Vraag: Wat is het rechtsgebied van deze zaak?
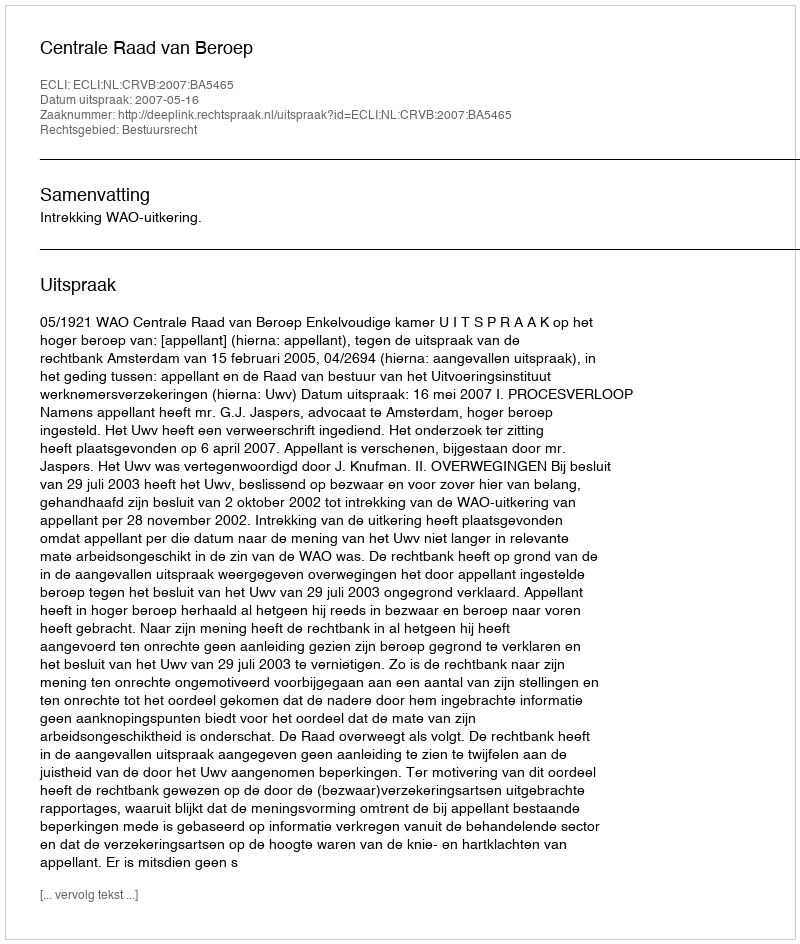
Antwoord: Bestuursrecht